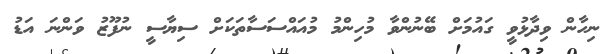
ނިހާން ވިދާޅުވީ ގައުމަށް ބޭނުންވާ މުހިންމު މުއައްސަސާތަކަށް ސިޔާސީ ނުފޫޒު ވަންނަ އަޑު